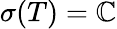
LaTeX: \sigma(T)=\mathbb{C}